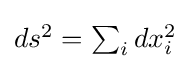
\textstyle ds^{2}=\sum _{i}dx_{i}^{2}